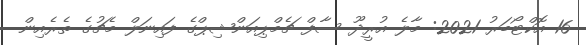
16 އޮކްޓޯބަރު 2021: މާލެ އުރީދޫ ސާފް ޗެމްޕިއަންޝިޕްގެ ފައިނަލް މެޗުގެ ތެރެއިން